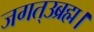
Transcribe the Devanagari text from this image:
जगत्उब्रह्म।